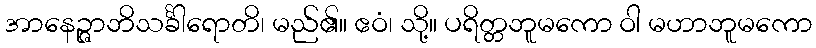
အာနေဉ္ဇာဘိသင်္ခါရောတိ၊ မည်၏။ ဧဝံ၊ သို့။ ပရိတ္တဘူမကော ဝါ မဟာဘူမကော